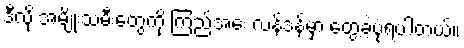
ဒီလို အမျိုးသမီးတွေကို ကြည်အေး လန်ဒန်မှာ တွေ့ခဲ့ပုံရပါတယ်။